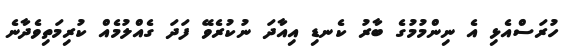
ހުރަސްއެޅި އެ ނިންމުމުގެ ބާރު ކެނޑި އިއާދަ ނުކުރެވޭ ފަދަ ގެއްލުމެއް ކުރިމަތިވެދާނެ